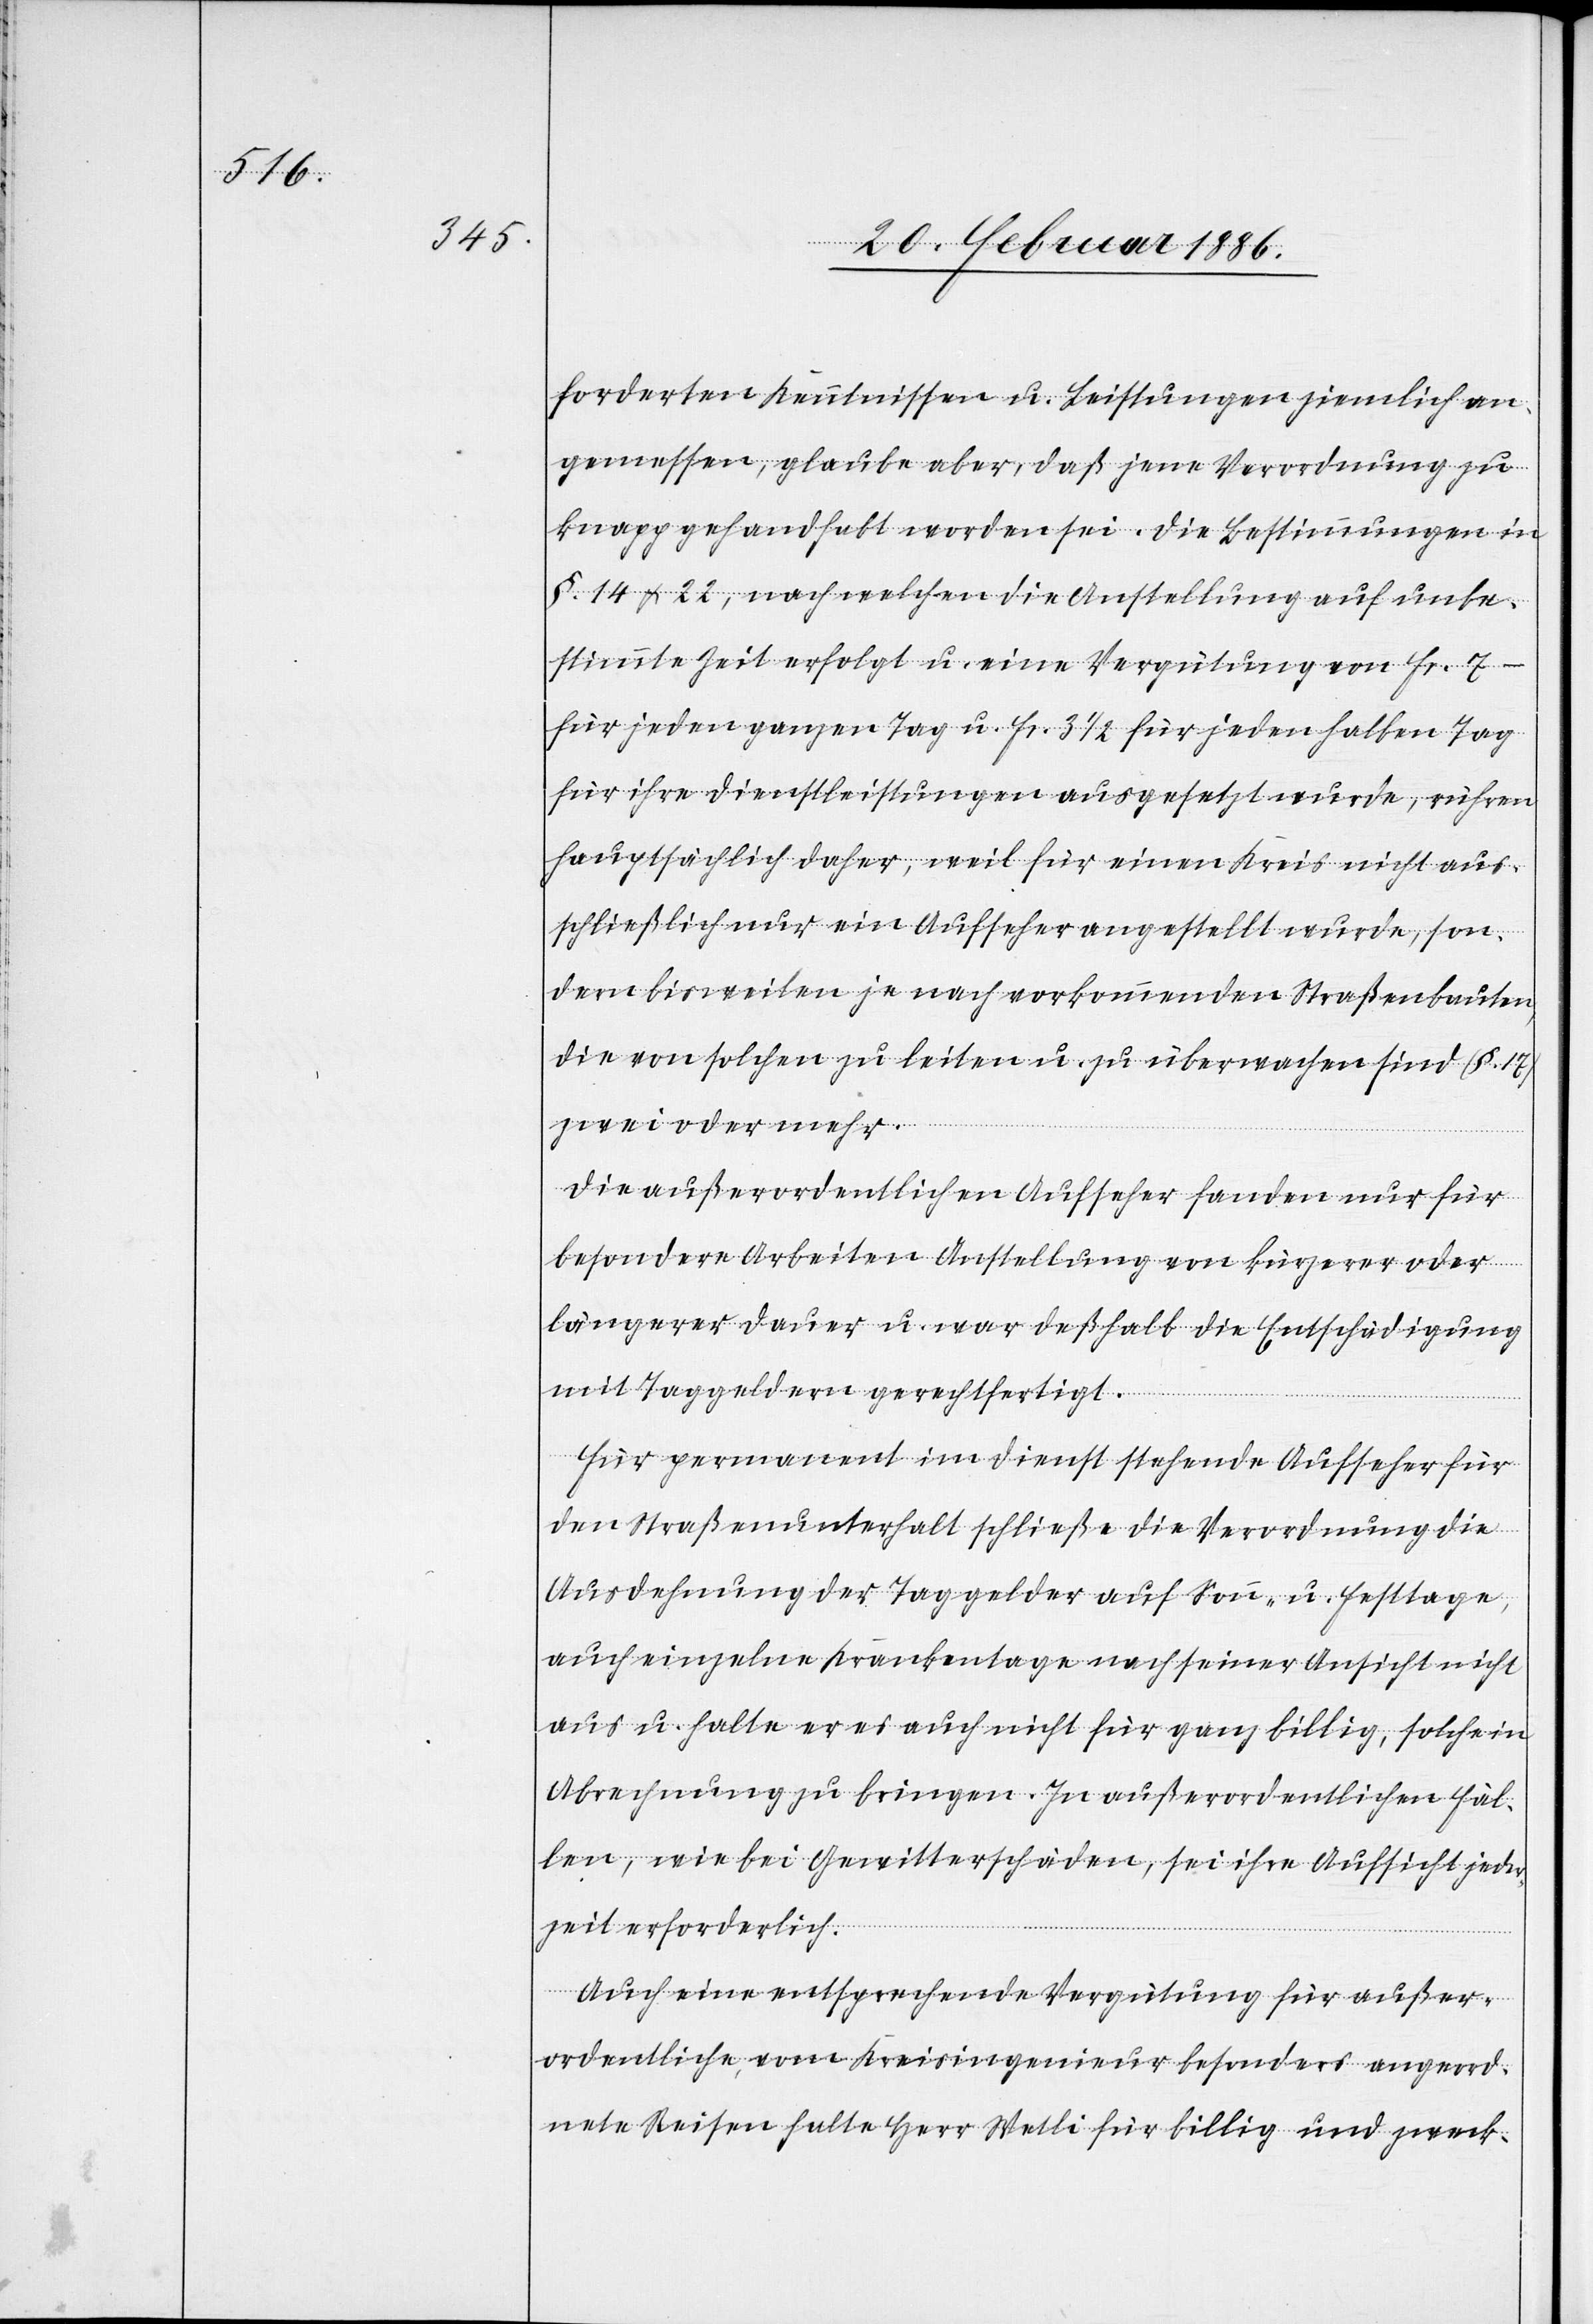
forderten Kenntnisse u. Leistungen ziemlich an¬
gemessen, glaube aber, daß jene Verordnung zu
knapp gehandhabt worden sei. Die Bestimmungen in
§. 14 & 22, nach welchen die Anstellung auf unbe¬
stimmte Zeit erfolgt u. eine Vergütung von Fr. 7.–
für jeden ganzen Tag u. Fr. 3 1/2 für jeden halben Tag
für ihre Dienstleistungen ausgesetzt wurde, rühre
hauptsächlich daher, weil für einen Kreis nicht aus¬
schließlich nur ein Aufseher angestellt wurde, son¬
dern bisweilen je nach vorkommenden Straßenbauten,
die von solchen zu leiten u. zu überwachen sind (§. 17)
zwei oder mehr.
Die außerordentlichen Aufseher fanden nur für
besondere Arbeiten Anstellung von kürzerer oder
längerer Dauer u. war deßhalb die Entschädigung
mit Taggeldern gerechtfertigt.
Für permanent im Dienst stehende Aufseher für
den Straßenunterhalt schließe die Verordnung die
Ausdehnung der Taggelder auf Sonn- u. Festtage,
auch einzelnen Krankentage nach seiner Ansicht nicht
aus u. halte er es auch nicht für ganz billig, solche in
Abrechnung zu bringen. In außerordentlichen Fäl¬
len, wie bei Gewitterschäden, sei ihre Aufsicht jeder¬
zeit erforderlich.
Auch eine entsprechende Vergütung für außer¬
ordentliche, vom Kreisingenieur besonders angeord¬
nete Reisen halte Herr Wetli [sic!] für billig und zweck-